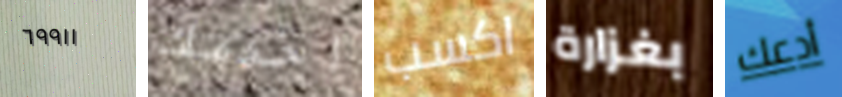
٦٩٩١١ اخدمك اكسب بغزارة أدعك